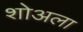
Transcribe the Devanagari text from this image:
शोअला